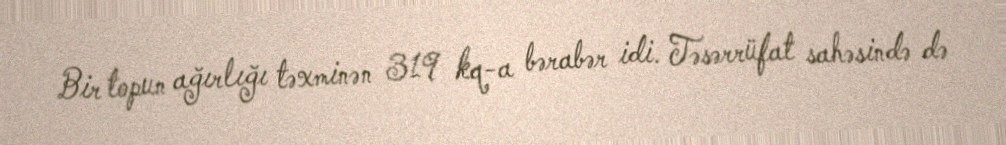
Bir topun ağırlığı təxminən 319 kq-a bərabər idi. Təsərrüfat sahəsində də